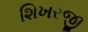
શિખરજી